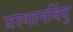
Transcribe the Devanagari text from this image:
प्रस्थानबिंदु